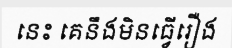
នេះ គេនឹងមិនធ្វើរឿង